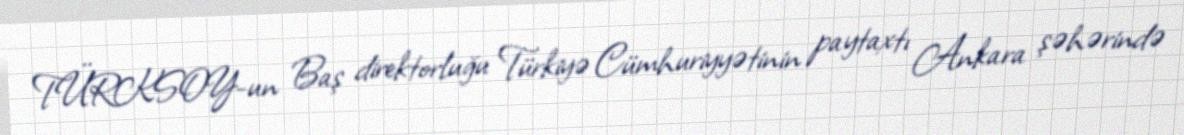
TÜRKSOY-un Baş direktorluğu Türkiyə Cümhuriyyətinin paytaxtı Ankara şəhərində